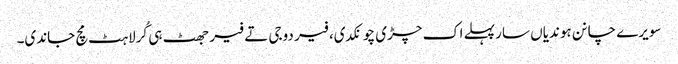
سویرے چانن ہوندیاں سار پہلے اک چڑی چونکدی، فیر دوجی تے فیر جھٹ ہی کُرلاہٹ مچ جاندی۔